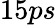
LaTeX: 15ps